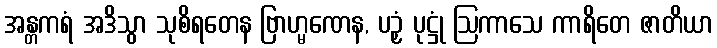
အန္တကရံ အဒိသွာ သုစိရတေန ဗြာဟ္မဏေန, ပဉှံ ပုဋ္ဌုံ ဩကာသေ ကာရိတေ ဇာတိယာ